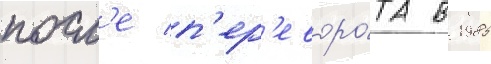
посл'е п'ер'еворо́та в 1985